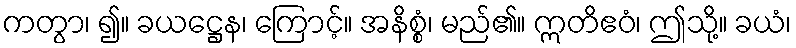
ကတွာ၊ ၍။ ခယဋ္ဌေန၊ ကြောင့်။ အနိစ္စံ၊ မည်၏။ ဣတိဧဝံ၊ ဤသို့။ ခယံ၊